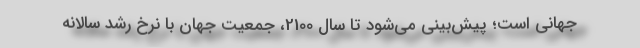
جهانی است؛ پیش‌بینی می‌شود تا سال 2100، جمعیت جهان با نرخ رشد سالانه